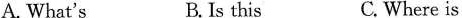
A. What's B. Is this C. Where is